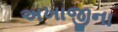
અખાજીના